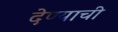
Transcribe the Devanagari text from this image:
देण्‍याची